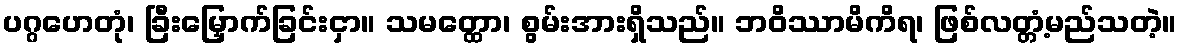
ပဂ္ဂဟေတုံ၊ ခြီးမြှောက်ခြင်းငှာ။ သမတ္ထော၊ စွမ်းအားရှိသည်။ ဘဝိဿာမိကိရ၊ ဖြစ်လတ္တံ့မည်သတဲ့။